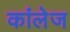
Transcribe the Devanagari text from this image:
कांलेज